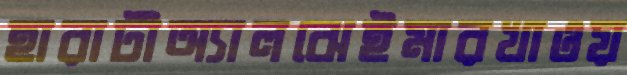
হারাটীঅ্যালঝেইমারখাওয়